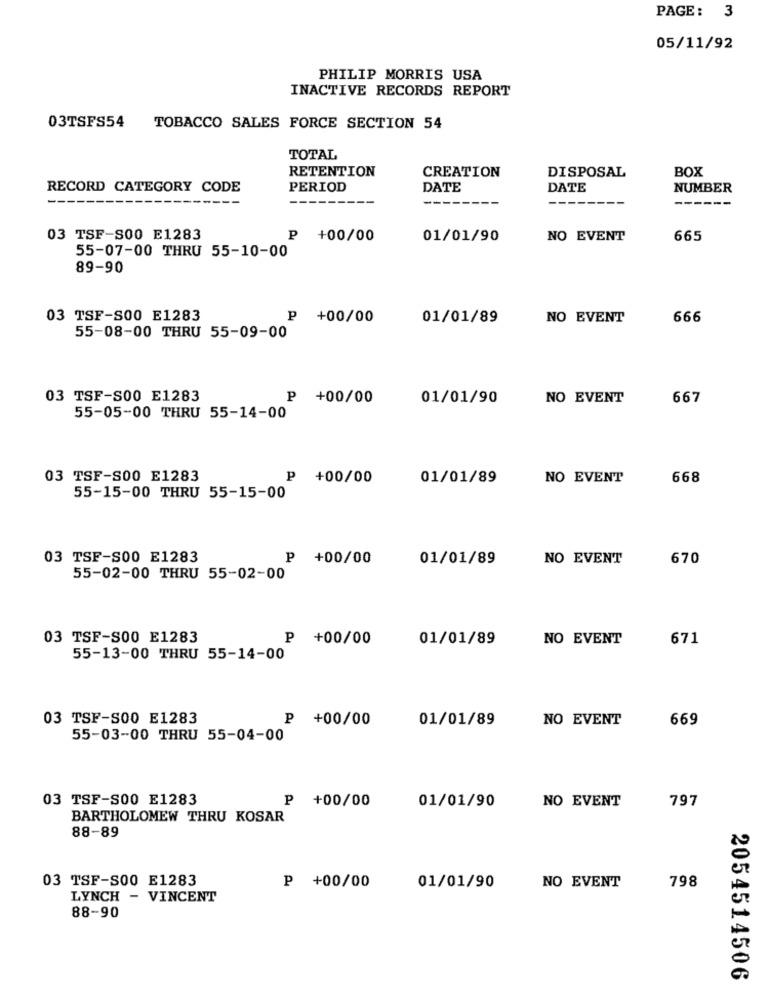
PAGE: 3
05/11/92
PHILIP MORRIS USA
INACTIVE RECORDS REPORT
03TSFS54
TOBACCO SALES FORCE SECTION 54
TOTAL
RETENTION
CREATION
DISPOSAL
BOX
RECORD CATEGORY CODE
PERIOD
DATE
DATE
NUMBER
03 TSF-S00 E1283
P +00/00
01/01/90
NO EVENT
665
55-07-00 THRU 55-10-00
89-90
03 TSF-S00 E1283
P +00/00
01/01/89
NO EVENT
666
55-08-00 THRU 55-09-00
03 TSF-S00 E1283
P +00/00
01/01/90
NO EVENT
667
55-05-00 THRU 55-14-00
03 TSF-S00 E1283
p +00/00
01/01/89
NO EVENT
668
55-15-00 THRU 55-15-00
03 TSF-S00 E1283
P +00/00
01/01/89
NO EVENT
670
55-02-00 THRU 55-02-00
03 TSF-S00 E1283
P +00/00
01/01/89
NO EVENT
671
55-13-00 THRU 55-14-00
03 TSF-S00 E1283
P +00/00
01/01/89
NO EVENT
669
55-03-00 THRU 55-04-00
03 TSF-S00 E1283
P +00/00
01/01/90
NO EVENT
797
BARTHOLOMEW THRU KOSAR
88-89
03 TSF-S00 E1283
P +00/00
01/01/90
NO EVENT
798
LYNCH - VINCENT
88-90
2054514506